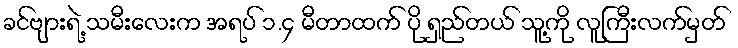
ခင်ဗျားရဲ့ သမီးလေးက အရပ် ၁.၄ မီတာထက် ပို ရှည်တယ် သူ့ကို လူကြီးလက်မှတ်